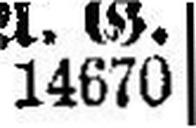
14670